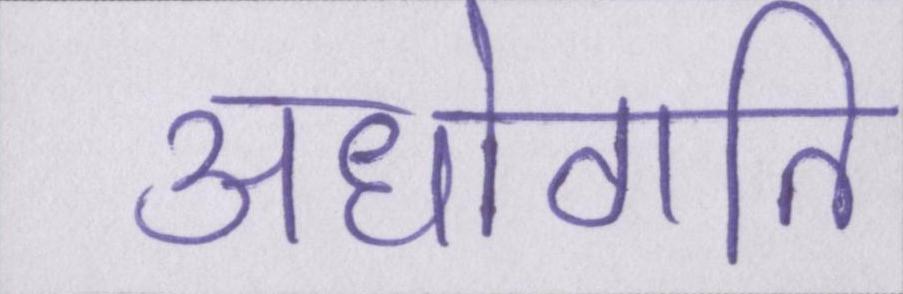
अधोगति